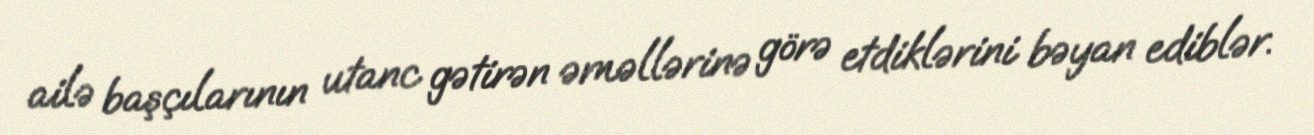
ailə başçılarının utanc gətirən əməllərinə görə etdiklərini bəyan ediblər.